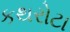
કથરોટા